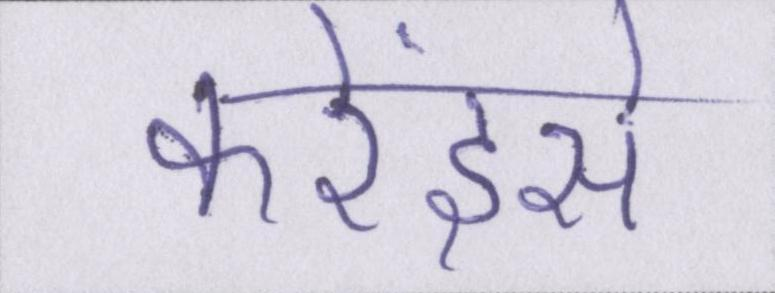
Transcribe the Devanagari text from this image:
करेंइसे